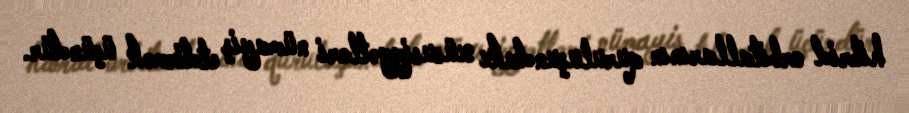
hibrid orbitallarının quruluşundakı xüsusiyyətləri nümayiş etdirmək üçündür.